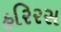
હરિરસ